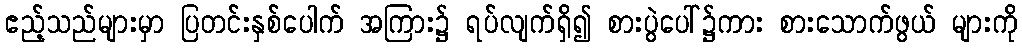
ဧည့်သည်များမှာ ပြတင်းနှစ်ပေါက် အကြား၌ ရပ်လျက်ရှိ၍ စားပွဲပေါ်၌ကား စားသောက်ဖွယ် များကို